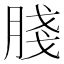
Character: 䏼